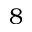
8